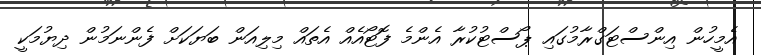
އެމީހުން އިންސްޓަގްރާމުގައި ޕޯސްޓުކުރާ އެންމެ ފޮޓޯއެއް އެތައް މިލިއަން ބަޔަކަށް ފެންނަމުން ދިޔުމަކީ